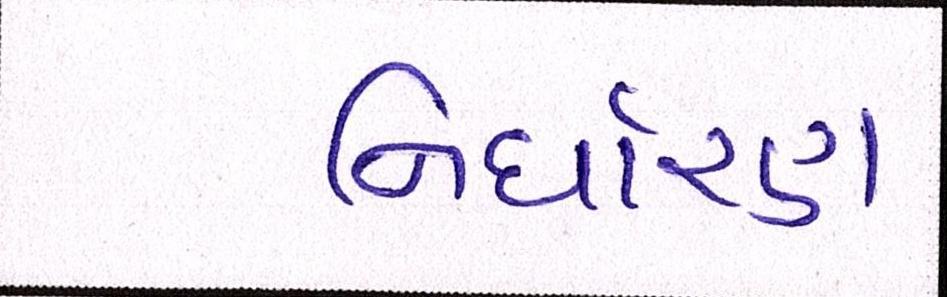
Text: નિર્ધારણ